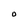
Character: O